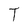
Character: T